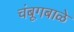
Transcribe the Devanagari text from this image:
चंबूगबाळे